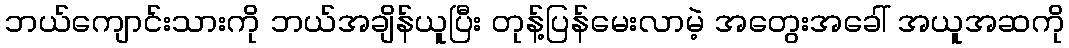
ဘယ်ကျောင်းသားကို ဘယ်အချိန်ယူပြီး တုန့်ပြန်မေးလာမဲ့ အတွေးအခေါ် အယူအဆကို